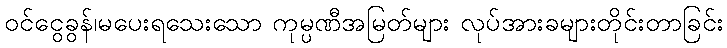
ဝင်ငွေခွန်၊မပေးရသေးသော ကုမ္ပဏီအမြတ်များ လုပ်အားခများတိုင်းတာခြင်း